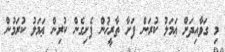
މި ގަވާއިދަށް ޢަމަލު ކުރަން ފަށާ ތާރީޚުން ފެށިގެން ކުރިން ޢަމަލު ކުރަމުން